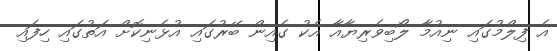
އެ ފިލްމުގައި ނިއުމާ ލޯބިވެރިޔާއާ އެކު ގެއިން ބޭރުގައި އުޅެނިކޮށް އަތުގައި ހިފައި